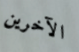
الآخرين